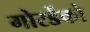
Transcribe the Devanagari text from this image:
गोरडेंको